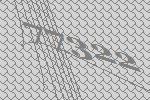
77322